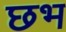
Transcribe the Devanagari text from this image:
छभ